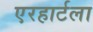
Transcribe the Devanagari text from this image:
एरहार्टला